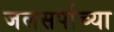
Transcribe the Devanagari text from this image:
जलसर्पाच्या